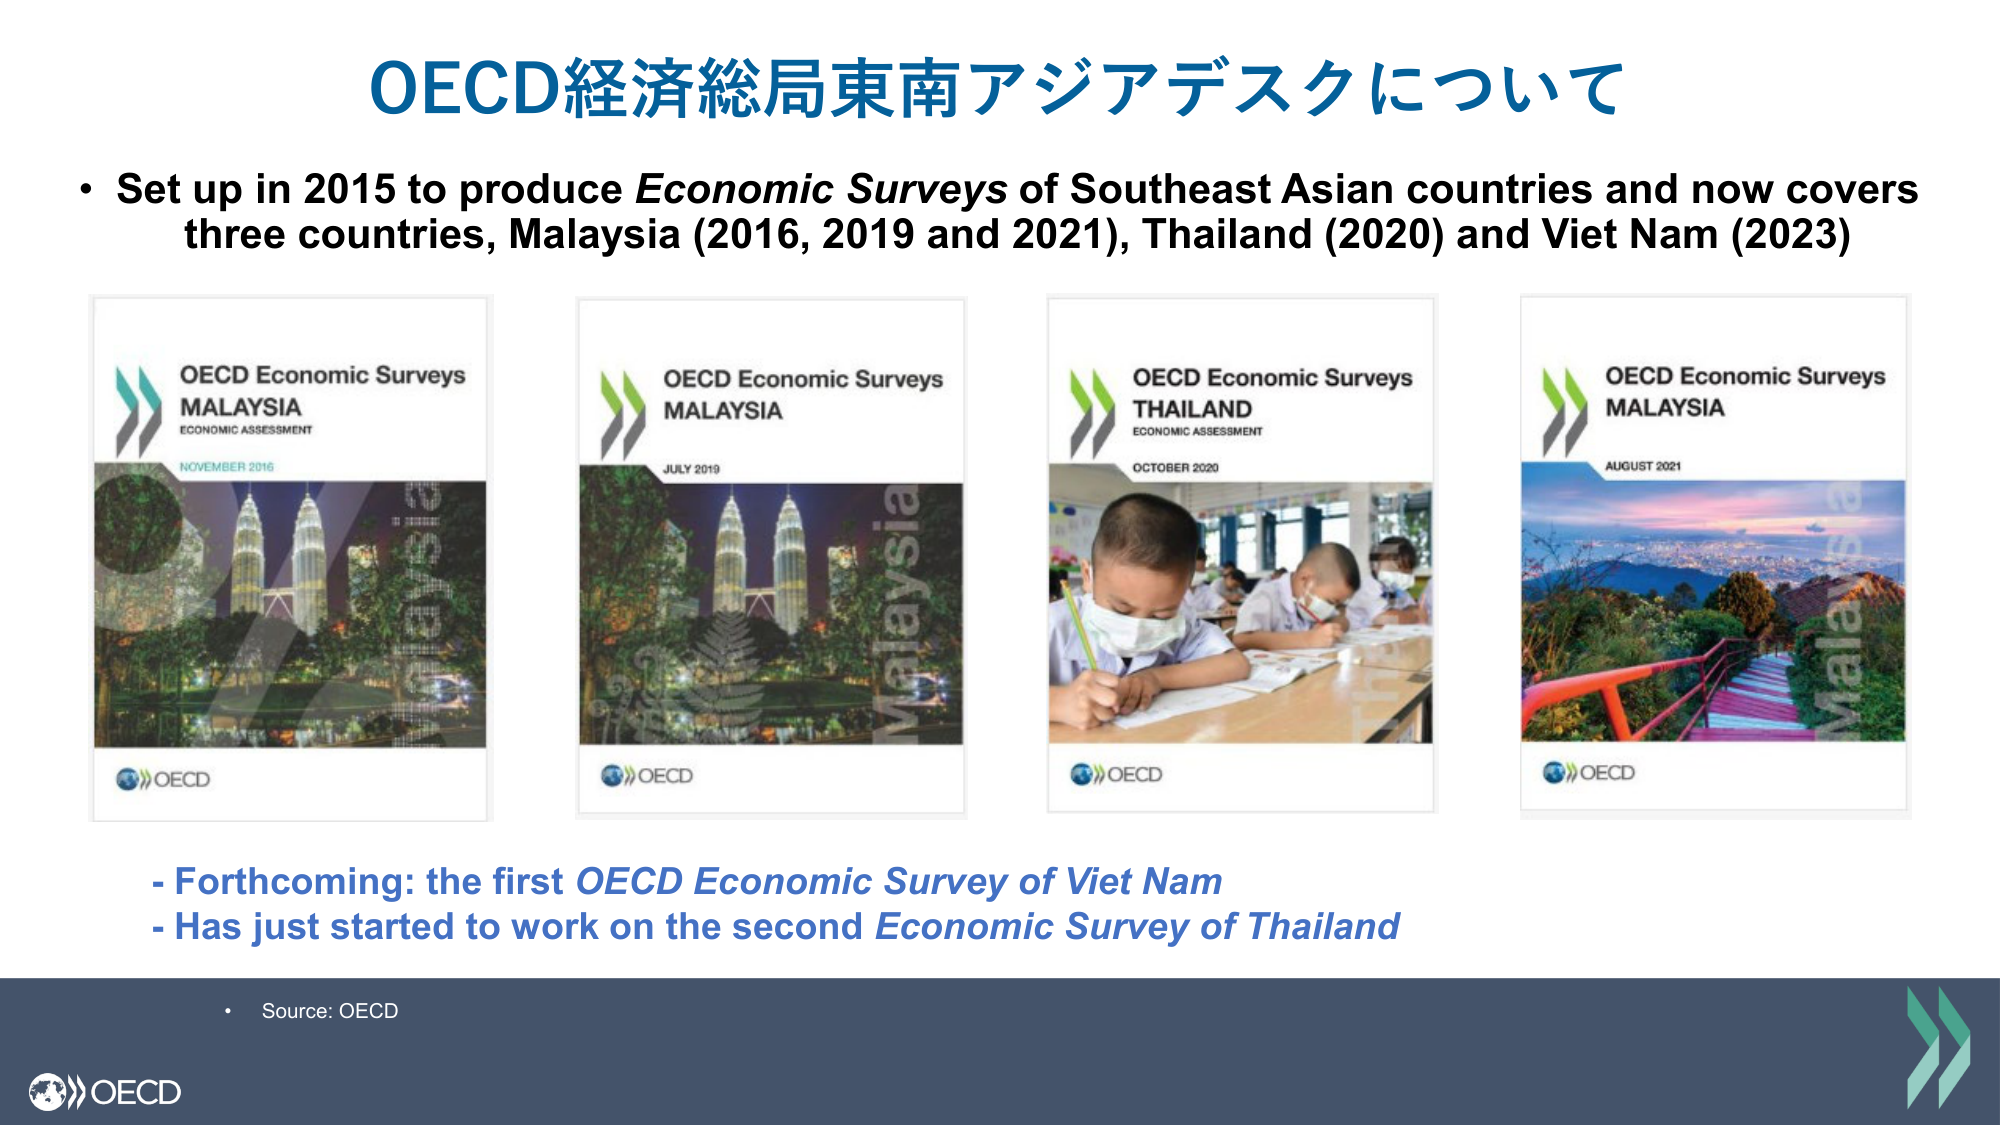
OECD経済総局東南アジアデスクについて
• Set up in 2015 to produce Economic Surveys of Southeast Asian countries and now covers three countries, Malaysia (2016, 2019 and 2021), Thailand (2020) and Viet Nam (2023)
OECD Economic Surveys
MALAYSIA
ECONOMIC ASSESSMENT
NOVEMBER 2016
OECD Economic Surveys
MALAYSIA
JULY 2019
OECD Economic Surveys
THAILAND
ECONOMIC ASSESSMENT
OCTOBER 2020
OECD Economic Surveys
MALAYSIA
AUGUST 2021
- Forthcoming: the first OECD Economic Survey of Viet Nam
- Has just started to work on the second Economic Survey of Thailand
• Source: OECD
OECD